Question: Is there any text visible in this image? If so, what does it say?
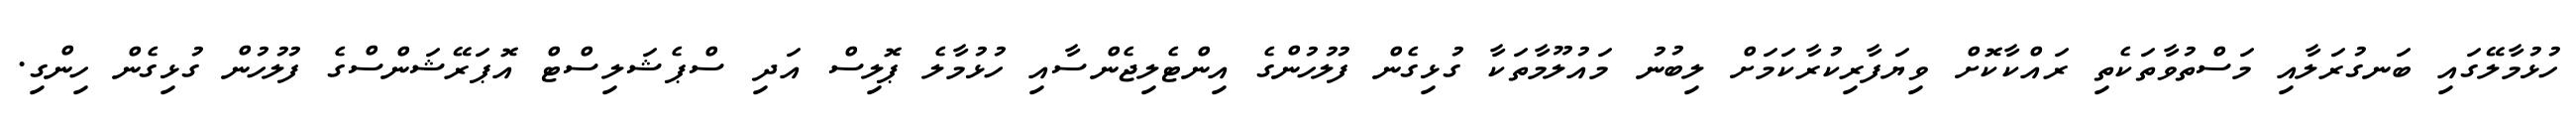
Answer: ހުޅުމާލޭގައި ބަނގުރަލާއި މަސްތުވާތަކެތި ރައްކާކޮށް ވިޔަފާރިކުރާކަމަށް ލިބުނު މައުލޫމާތަކާ ގުޅިގެން ފުލުހުންގެ އިންޓެލިޖެންސާއި ހުޅުމާލެ ޕޮލިސް އަދި ސްޕެޝަލިސްޓް އޮޕަރޭޝަންސްގެ ފުލުހުން ގުޅިގެން ހިންގި.